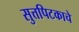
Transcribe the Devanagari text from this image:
सुत्तपिटकाचे